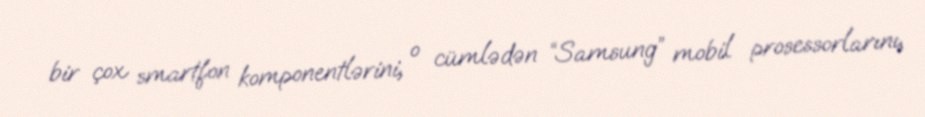
bir çox smartfon komponentlərini, o cümlədən “Samsung” mobil prosessorlarını,